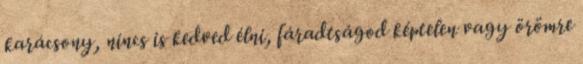
karácsony, nincs is kedved élni, fáradtságod képtelen vagy örömre